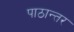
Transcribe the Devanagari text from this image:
पाठान्तर